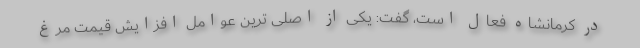
در کرمانشاه فعال است، گفت: یکی از اصلی ترین عوامل افزایش قیمت مرغ